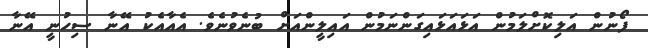
ފޯނުން އަލިކޮށްލަމުން އަޅައަޅައިގަންނަމުން އައިލީންއަށް ބުނެވުނެވެ. އެއާއެކު އޭނާ ސިހުނީ އޭނާ